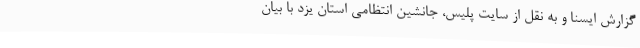
گزارش ایسنا و به نقل از سایت پلیس، جانشین انتظامی استان یزد با بیان